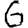
Digit: 6